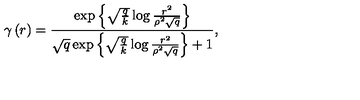
\gamma \left( r \right) = \frac { \exp \left\{ \sqrt { \frac { q } { k } } \log \frac { r ^ { 2 } } { \rho ^ { 2 } \sqrt { q } } \right\} } { \sqrt { q } \exp \left\{ \sqrt { \frac { q } { k } } \log \frac { r ^ { 2 } } { \rho ^ { 2 } \sqrt { q } } \right\} + 1 } ,